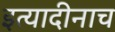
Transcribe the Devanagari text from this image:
इत्यादीनाच